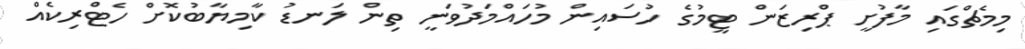
މިމެޗްގައި މާފުށީ ޕްރިޒަން ޓީމުގެ ހުސައިން މުހައްމަދުވަނީ ތިން ލަނޑު ކާމިޔާބުކޮށް ހެޓްރިކެއް